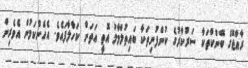
ރާއްޖޭގެ ބޭންކްތަކާ ސަރުކާރުގެ ކުންފުނިތަކާ ބައިތުލްމާލު އޮތީ އަތަށް ކަހާލާފައެވެ. އެހެންކަމުން އެވެރިން